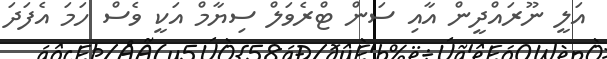
އަލީ ނޫރައްދީން އާއި ސަން ޓްރެވަލް ސިޔާމް އަކީ ވެސް ހަމަ އެފަދަ